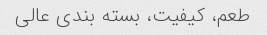
طعم، کیفیت، بسته بندی عالی